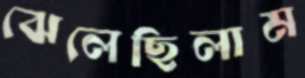
ঝেলেছিলাম